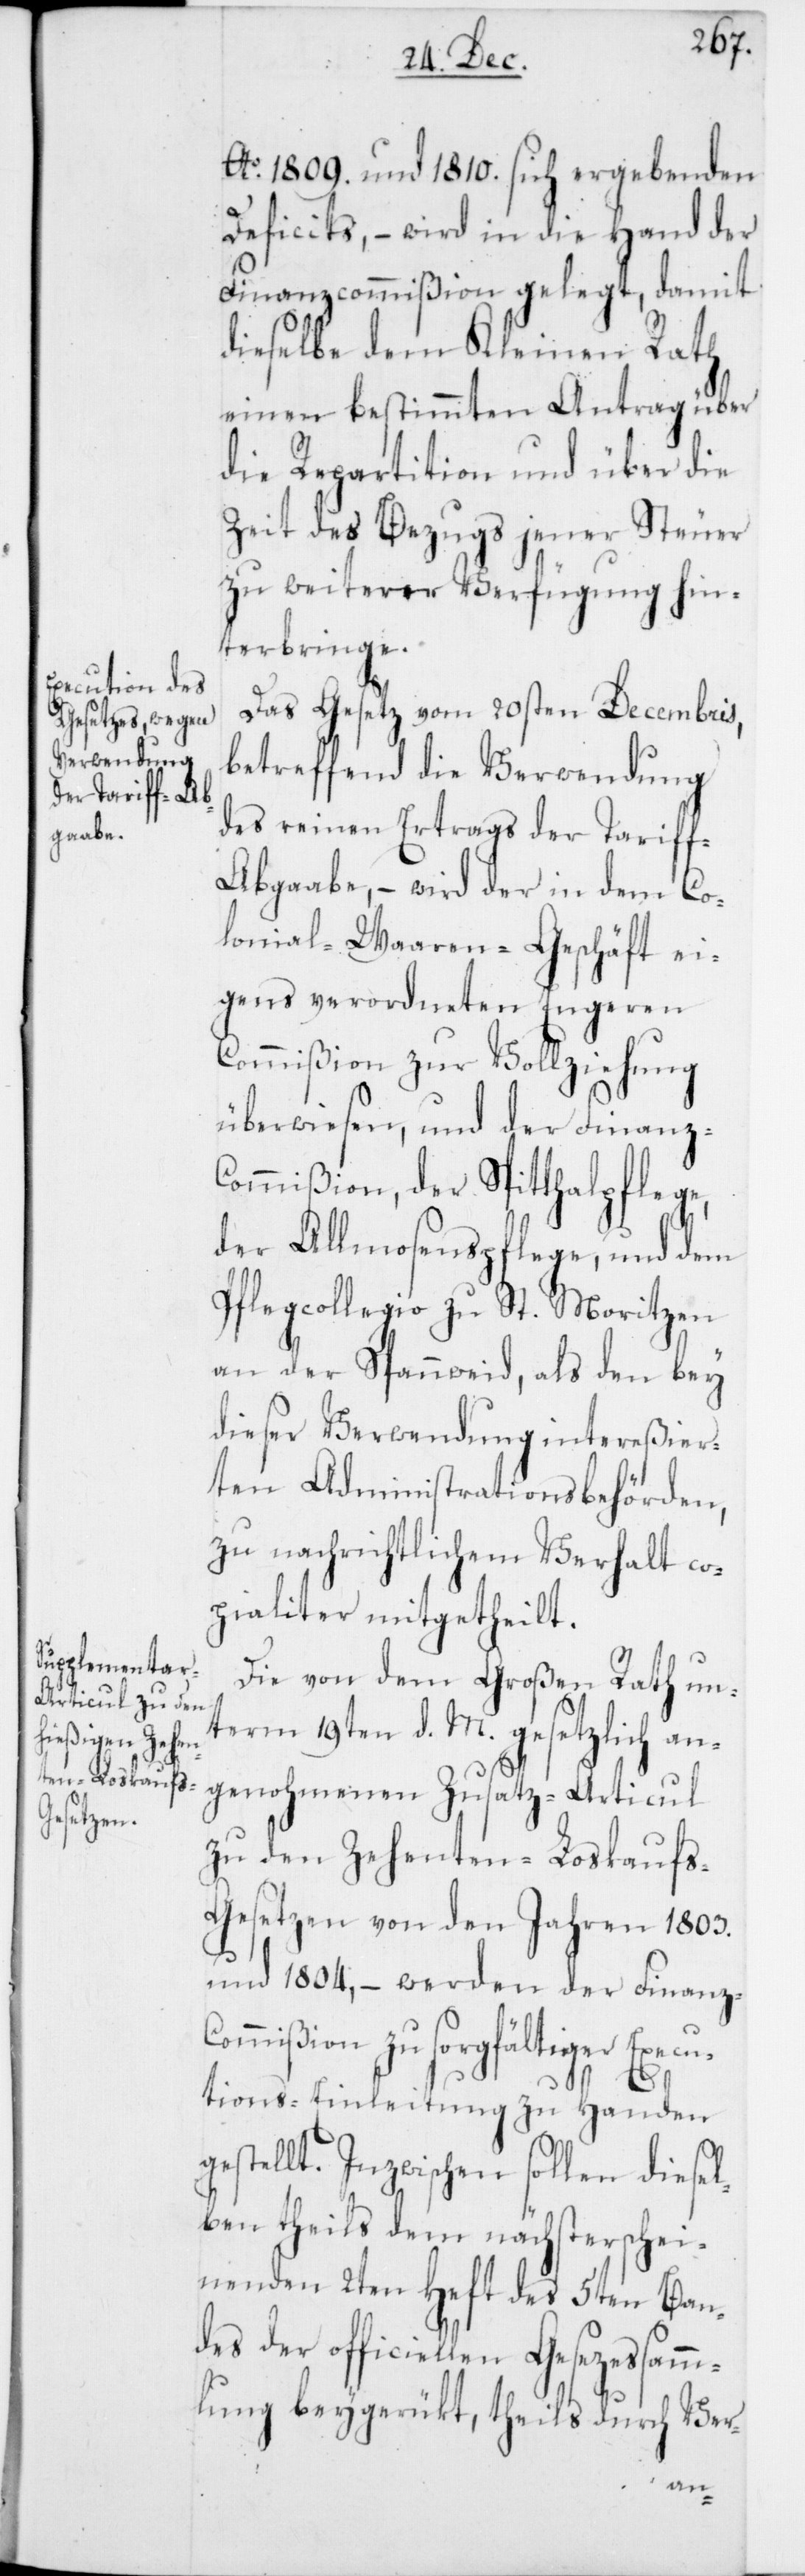
Ao. 1809. und 1810. sich ergebenden
Deficits, – wird in die Hand der
Finanzcommißion gelegt, damit
dieselbe dem Kleinen Rath
einen bestimmten Antrag über
die Repartition und über die
Zeit des Bezugs jener Steuer
zu weiterer Verfügung hin¬
terbringe.
Das Gesetz vom 20sten Decembris,
betreffend die Verwendung
des reinen Ertrags der Tarif¬
f-Abgaabe, – wird der in dem Co¬
lonial-Waaren-Geschäft ei¬
gens verordneten Engeren
Commißion zur Vollziehung
überwiesen, und der Finanz-C¬
ommißion, der Spitthalpflege,
der Almosenpflege, und dem
Pflegcollegio zu St. Moritzen
an der Spannweid, als den bey
dieser Verwendung intereßier¬
ten Administrationsbehörden,
zu nachrichtlichem Verhalt co¬
pialiter mitgetheilt.
Die von dem Großen Rath un¬
term 19ten d. M. gesetzlich an¬
genohmenen Zusatz-Articul
zu den Zehenten-Loskauf¬
s-Gesetzen von den Jahren 1803.
und 1804, – werden der Finanz-C¬
ommißion zu sorgfältiger Execu¬
tions-Einleitung zu Handen
gestellt. Inzwischen sollen diesel¬
ben theils dem nächsterschei¬
nenden 2ten Heft des 5ten Ban¬
des der officiellen Gesezessamm¬
lung beygerükt, theils durch Ver-